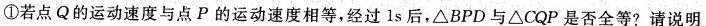
①若点Q的运动速度与点P的运动速度相等，经过1s后，△BPD与△CQP是否全等?请说明